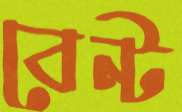
বেন্ট